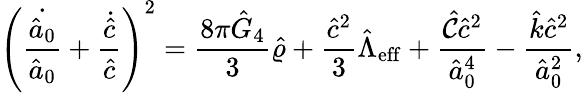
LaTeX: \left({\frac{\dot{\hat{a}_{0}}}{\hat{a}_{0}}}+{\frac{\dot{\hat{c}}}{\hat{c}}}\right)^{2}={\frac{8\pi\hat{G}_{4}}{3}}\hat{\varrho}+{\frac{\hat{c}^{2}}{3}}\hat{\Lambda}_{\mathrm{eff}}+{\frac{\hat{\cal C}\hat{c}^{2}}{\hat{a}_{0}^{4}}}-{\frac{\hat{k}\hat{c}^{2}}{\hat{a}_{0}^{2}}},